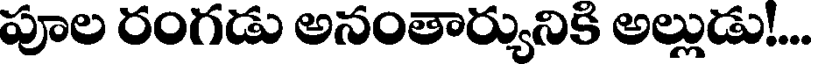
పూల రంగడు అసంతార్యునికి అల్లుడు....